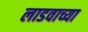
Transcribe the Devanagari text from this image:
लाडवाच्या